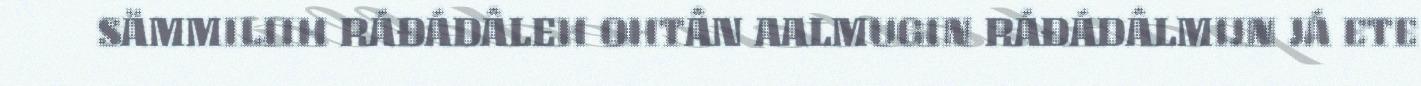
SÄMMILIIH RÁĐÁDÂLEH OHTÂN AALMUGIN RÁĐÁDÂLMIJN JÁ ETE